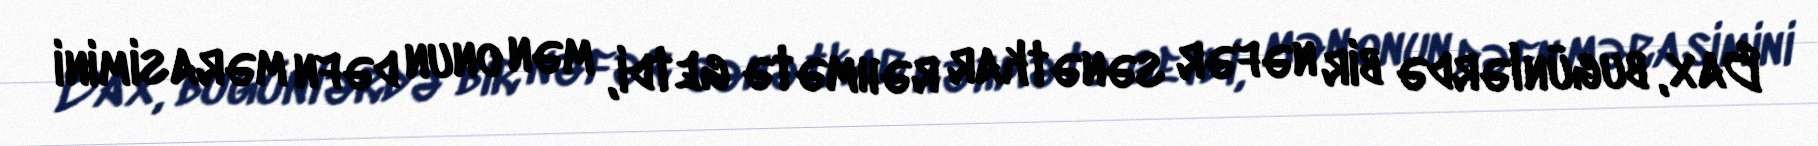
Bax, bugünlərdə bir nəfər sənətkar rəhmətə getdi, mən onun dəfn mərasimini